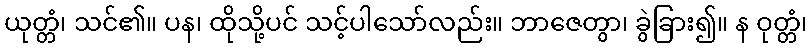
ယုတ္တံ၊ သင်၏။ ပန၊ ထိုသို့ပင် သင့်ပါသော်လည်း။ ဘာဇေတွာ၊ ခွဲခြား၍။ န ဝုတ္တံ၊